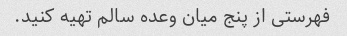
فهرستی از پنج میان وعده سالم تهیه کنید.